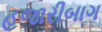
હજારીબાગ